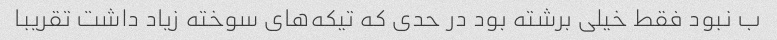
ب نبود فقط خیلی برشته بود در حدی که تیکه‌های سوخته زیاد داشت تقریبا